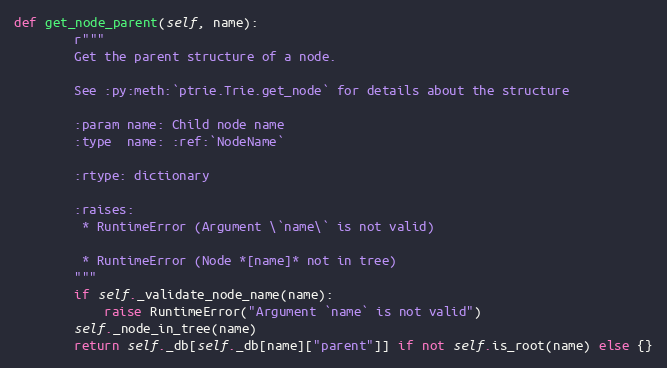
Language: Python
def get_node_parent(self, name):
        r"""
        Get the parent structure of a node.

        See :py:meth:`ptrie.Trie.get_node` for details about the structure

        :param name: Child node name
        :type  name: :ref:`NodeName`

        :rtype: dictionary

        :raises:
         * RuntimeError (Argument \`name\` is not valid)

         * RuntimeError (Node *[name]* not in tree)
        """
        if self._validate_node_name(name):
            raise RuntimeError("Argument `name` is not valid")
        self._node_in_tree(name)
        return self._db[self._db[name]["parent"]] if not self.is_root(name) else {}